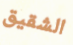
الشقيق